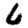
Digit: 6